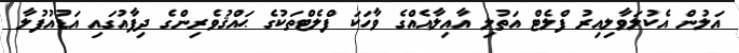
އަލުން އެކުލަވާލިއިރު ފްލެޓް އަތުލި އާއިލާއެއްގެ ވާހަކަ ފްލެޓްތަކުގެ ޙައްޤުވެރިންގެ ދިފާއުގައި އަޑުއުފުލާ